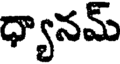
ధ్యానమ్